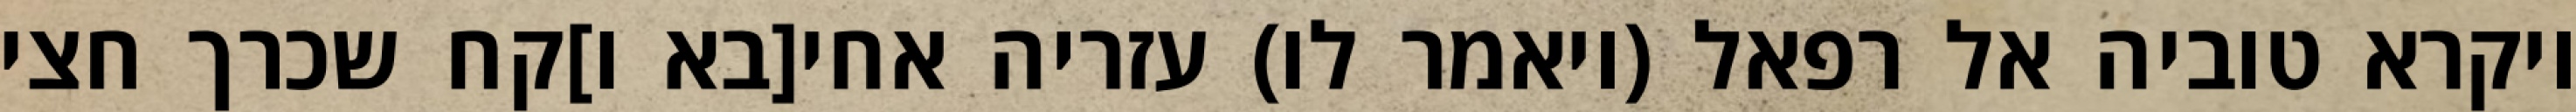
ויקרא טוביה אל רפאל (ויאמר לו) עזריה אחי[בא ו]קח שכרך חצי